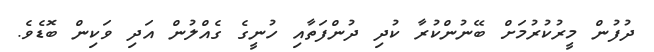
ދުފުން މީރުކުރުމަށް ބޭނުންކުރާ ކުދި ދުންފަތާއި ހުނީގެ ގެއްލުން އަދި ވަކިން ބޮޑެވެ.